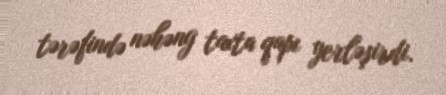
tərəfində nəhəng taxta qapı yerləşirdi.